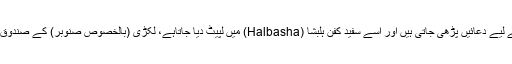
مردے کو اچھی طرح سے نہلا کر اس کی پاکی کے لیے دعائیں پڑھی جاتی ہیں اور اسے سفید کفن ہلبشا (Halbasha) میں لپیٹ دیا جاتاہے، لکڑی (بالخصوص صنوبر) کے صندوق میں مردے کو رکھ کر اس کی تدفین کی جاتی ہے۔